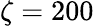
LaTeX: \zeta=200